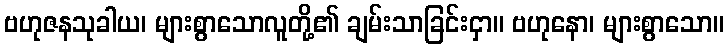
ဗဟုဇနသုခါယ၊ များစွာသောလူတို့၏ ချမ်းသာခြင်းငှာ။ ဗဟုနော၊ များစွာသော။